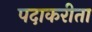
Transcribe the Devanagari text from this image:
पदाकरीता